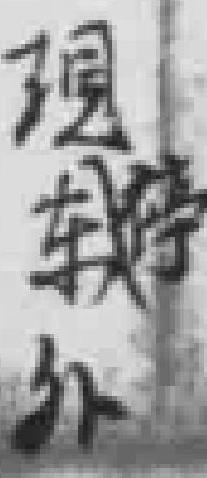
现停东外